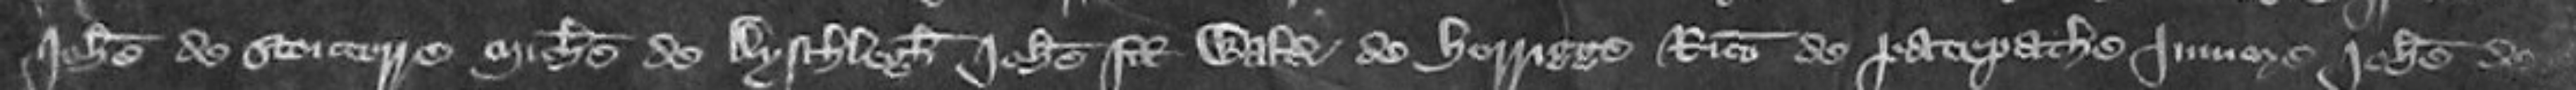
Johanne de Stontorre Michaele de Aysthlegh Johanne filio Walteri Horrigge Ricardo de Gatepathe juniore Johanne de